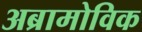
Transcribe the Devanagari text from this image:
अब्रामोविक